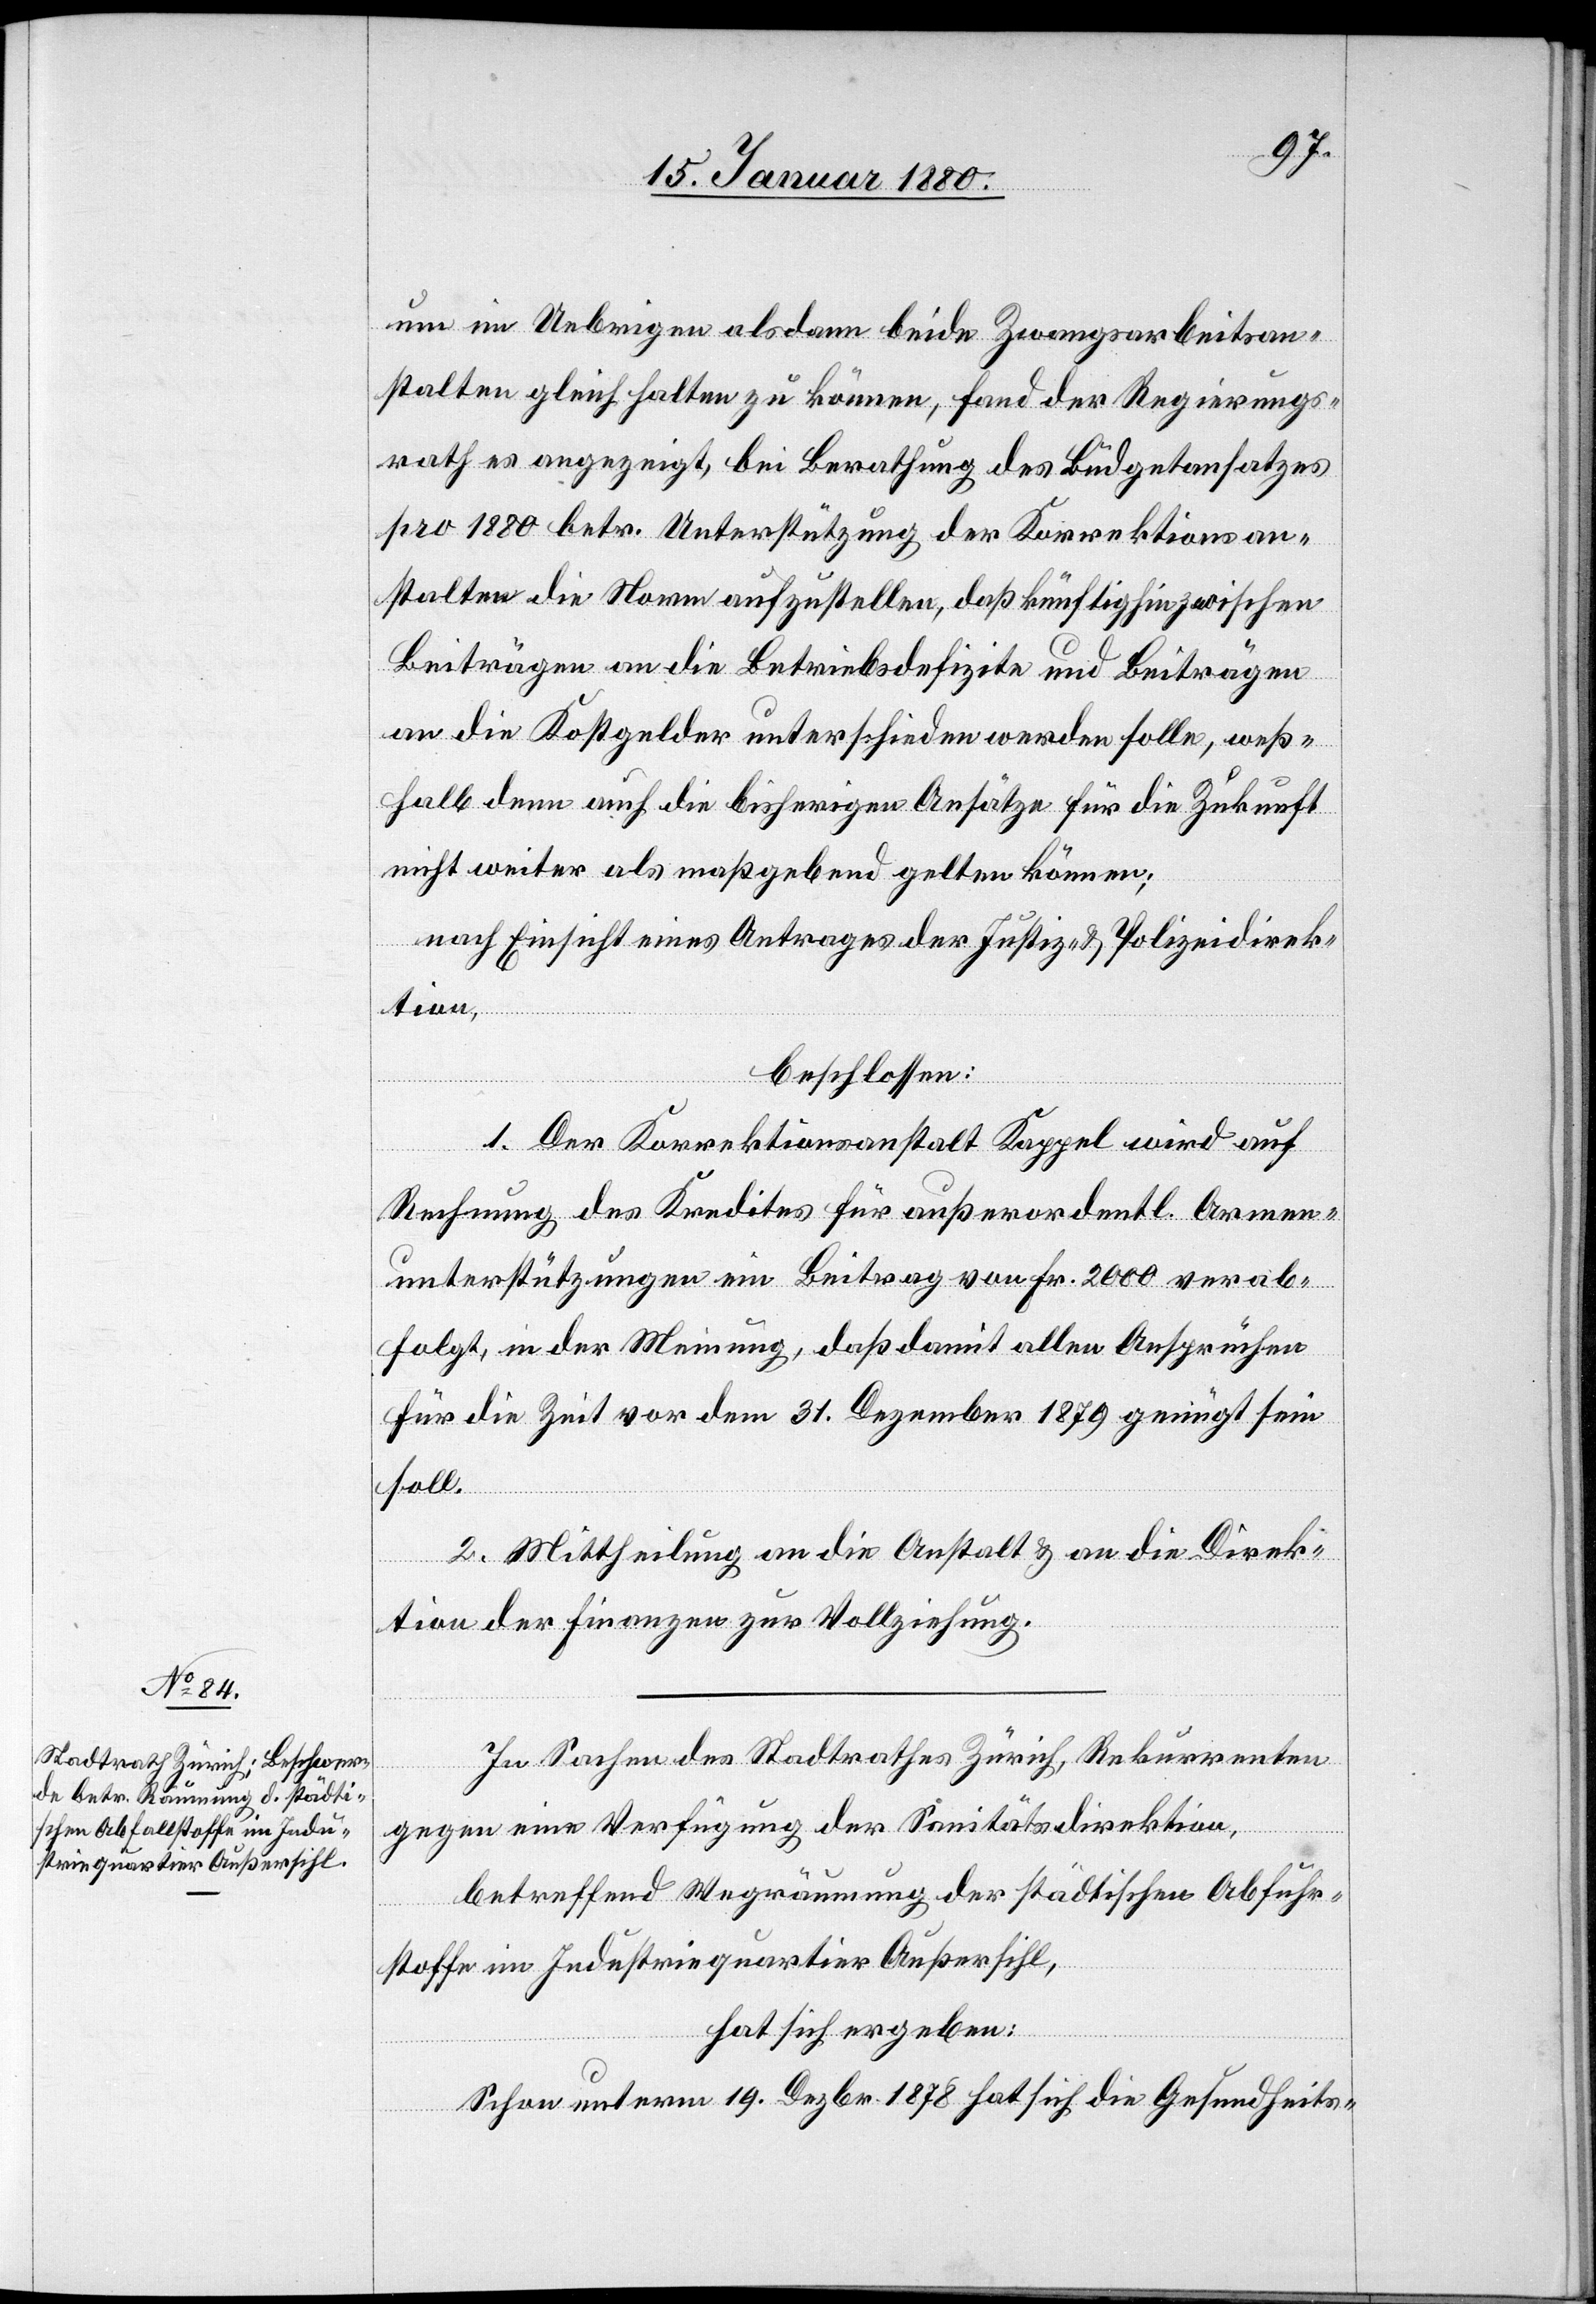
um im Uebrigen alsdann beide Zwangsarbeitsan¬
stalten gleich halten zu können, fand der Regierungs¬
rath es angezeigt, bei Berathung des Büdgetansatzes
pro 1800 betr. Unterstützung der Korrektionsan¬
stalten die Norm aufzustellen, daß künftighin zwischen
Beiträgen an die Betriebsdefizite und Beiträgen
an die Kostgelder unterschieden werden solle, weß¬
halb denn auch die bisherigen Ansätze für die Zukunft
nicht weiter als maßgebend gelten können;
nach Einsicht eines Antrages der Justiz- & Polizeidirek¬
tion,
beschlossen:
1. Der Korrektionsanstalt Kappel wird auf
Rechnung des Kredites für außerordentl. Armen¬
unterstützungen ein Beitrag von Fr. 2000 verab¬
folgt, in der Meinung, daß damit allen Ansprüchen
für die Zeit vor dem 31. Dezember 1879 genügt sein
soll.
2. Mittheilung an die Anstalt & an die Direk¬
tion der Finanzen zur Vollziehung.
In Sachen des Stadtrathes Zürich, Rekurrenten
gegen eine Verfügung der Sanitätsdirektion,
betreffend Wegräumung der städtischen Abfuhr¬
stoffe im Industriequartier Außersihl,
hat sich ergeben:
Schon unterm 19. Dezbr. 1878 hat sich die Gesundheits-